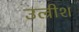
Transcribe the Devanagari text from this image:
उल्रीश